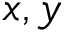
x , y